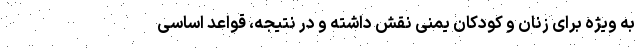
به ویژه برای زنان و کودکان یمنی نقش داشته و در نتیجه، قواعد اساسی